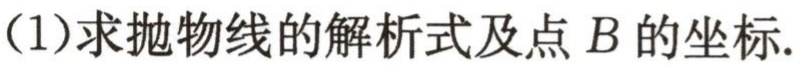
（1）求抛物线的解析式及点\(B\)的坐标.